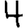
Digit: 4